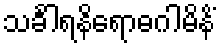
သင်္ခါရနိရောဓဂါမိနိံ